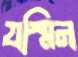
যস্মিন